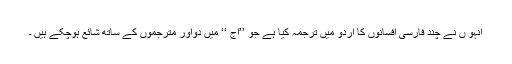
انہو ں نے چند فارسی افسانوں کا اردو میں ترجمہ کیا ہے جو ’’آج ‘‘ میں دواور مترجموں کے ساتھ شائع ہوچکے ہیں ۔